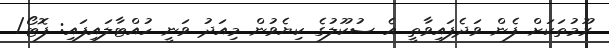
ރޫމުތަކަށް ފެން ވަދެފައިވާތީ އެ ސުކޫލުގެ ކިޔެވުން މިއަދު ވަނީ ހުއްޓާލައިފައި: ފޮޓޯ/